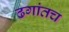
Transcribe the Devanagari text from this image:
ढगांतच